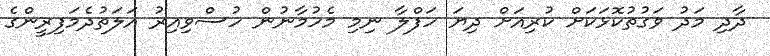
ދާދި މަދު ވަގުތުކޮޅަކަށް ކުރިއަށް ދިޔަ ހަފްލާ ނިމި މެހުމާނުން ހުސްވިއިރު އަލަތުދެމަފިރީންގެ